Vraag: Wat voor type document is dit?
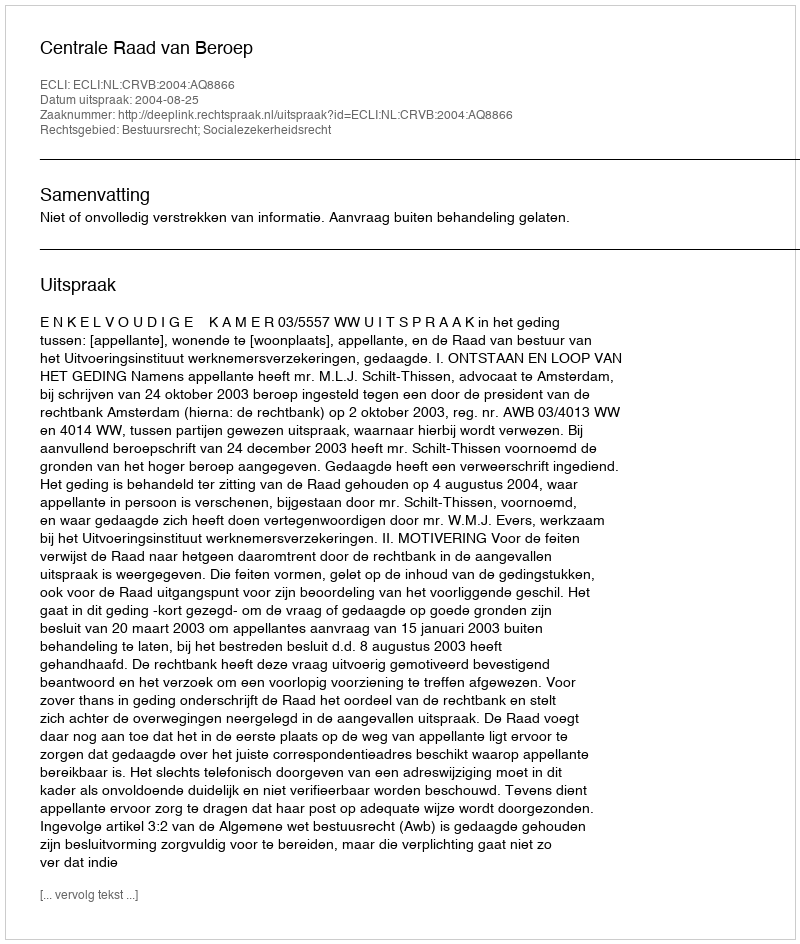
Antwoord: Uitspraak